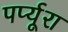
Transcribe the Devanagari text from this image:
पर्प्यूरा